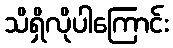
သိရှိလိုပါကြောင်း